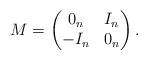
LaTeX: \begin{align*}M&=\begin{pmatrix} 0_n & I_n \\ -I_n & 0_n\end{pmatrix}.\end{align*}